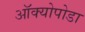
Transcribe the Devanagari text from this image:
ऑक्योपोडा